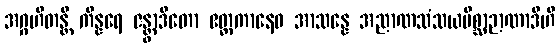
အဂ္ဂဟိတန္တိ ကိန္နရေ ဇန္တွာဒိတော ဧတ္တကာနေဝ အာသန္နေ အညာဏသံသယမိစ္ဆာဉာဏာဒီဟိ